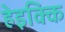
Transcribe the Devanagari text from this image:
हेइक्कि